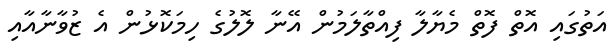
އަތުގައި އޮތް ފޮތް މެޔާލާ ފިއްތާލަމުން އޭނާ ލޮލުގެ ހިމަކޮޅުން އެ ޒުވާނާއާއި